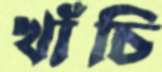
খাঁচি